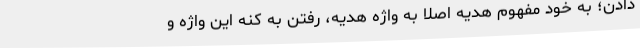
دادن؛ به خود مفهوم هدیه اصلا به واژه هدیه، رفتن به کُنه این واژه و